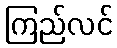
ကြည်လင်